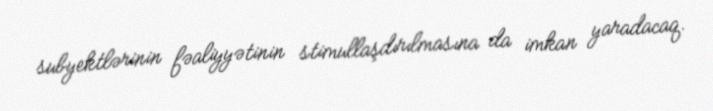
subyektlərinin fəaliyyətinin stimullaşdırılmasına da imkan yaradacaq.